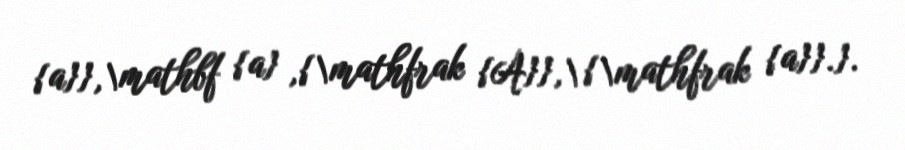
{a}},\mathbf {a} ,{\mathfrak {A}},\ {\mathfrak {a}}.}.